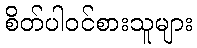
စိတ်ပါဝင်စားသူများ